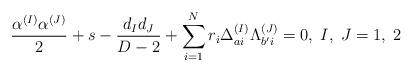
LaTeX: \begin{align*}{\alpha^{(I)}\alpha^{(J)}\over2}+s-{d_Id_J\over D-2}+\sum_{i=1}^Nr_i\Delta_{ai}^{(I)}\Lambda_{b'i}^{(J)}=0,\;I,\;J=1,\;2\end{align*}